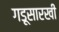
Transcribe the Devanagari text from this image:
गडूसारखी